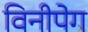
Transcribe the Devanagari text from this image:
विनीपेग